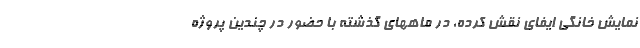
نمایش خانگی ایفای نقش کرده، در ماههای گذشته با حضور در چندین پروژه